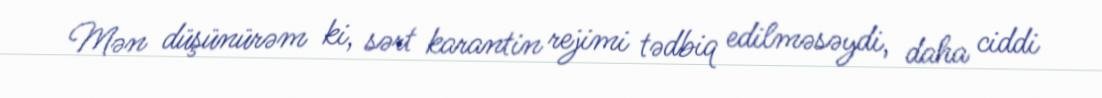
Mən düşünürəm ki, sərt karantin rejimi tədbiq edilməsəydi, daha ciddi